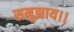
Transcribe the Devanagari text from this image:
समुझाय।।